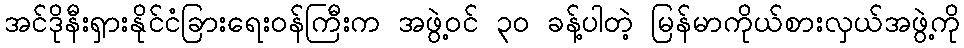
အင်ဒိုနီးရှားနိုင်ငံခြားရေးဝန်ကြီးက အဖွဲ့ဝင် ၃ဝ ခန့်ပါတဲ့ မြန်မာကိုယ်စားလှယ်အဖွဲ့ကို